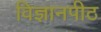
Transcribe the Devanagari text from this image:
विज्ञानपीठ